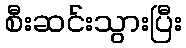
စီးဆင်းသွားပြီး